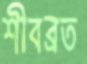
শীবব্রত